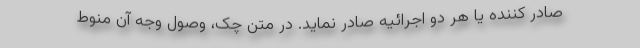
صادر کننده یا هر دو اجرائیه صادر نماید. در متن چک، وصول وجه آن منوط